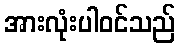
အားလုံးပါဝင်သည်